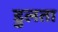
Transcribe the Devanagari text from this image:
डुलता